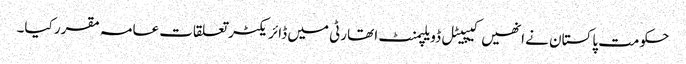
حکومت پاکستان نے انھیں کیپیٹل ڈویلپمنٹ ا تھارٹی میں ڈائریکٹر تعلقات عامہ مقرر کیا۔